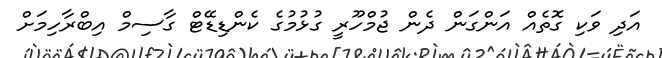
އަދި ވަކި ގޮތެއް އަންގަން ދެން ޖުމްހޫރީ ގުޅުމުގެ ކެންޑިޑޭޓް ގާސިމް އިބްރާހިމަށް